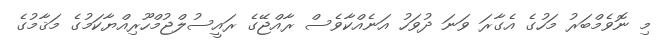
މި ނޮވެމްބަރު މަހުގެ އެގާރަ ވަނަ ދުވަހު އަނެއްކާވެސް ރާއްޖޭގެ ރައީސުލްޖުމްހޫރިއްޔާކަމުގެ މަޤާމުގެ